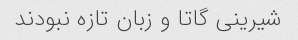
شیرینى گاتا و زبان تازه نبودند